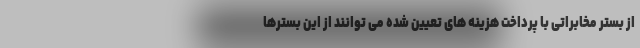
از بستر مخابراتی با پرداخت هزینه های تعیین شده می توانند از این بسترها